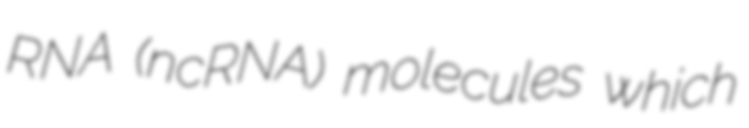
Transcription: RNA (ncRNA) molecules which